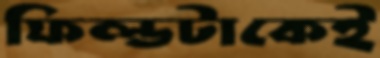
ফিল্ডটাকেই